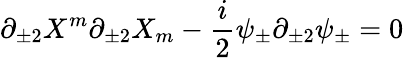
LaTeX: \partial_{\pm 2}X^{m}\partial_{\pm 2}X_{m}-\frac{i}{2}\psi_{\pm}\partial_{\pm 2}\psi_{\pm}=0